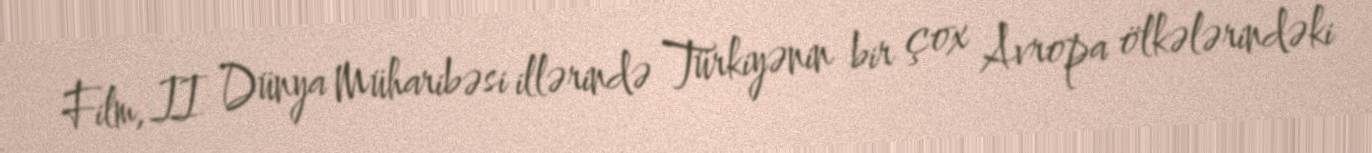
Film, II Dünya Müharibəsi illərində Türkiyənin bir çox Avropa ölkələrindəki